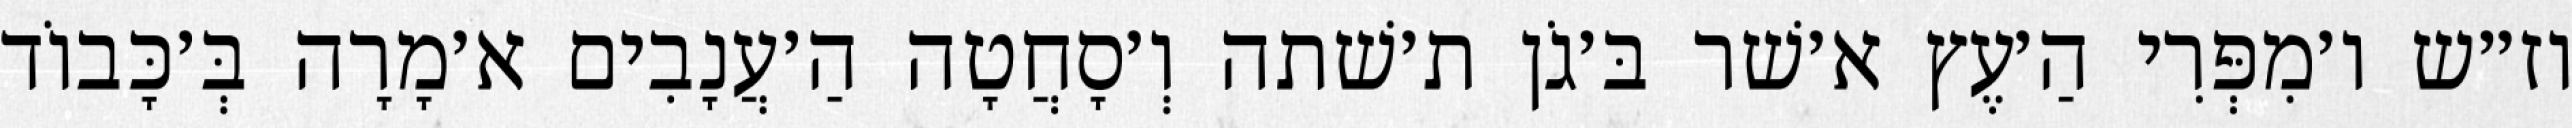
וז״ש ו׳מִפְּרִי הַ׳עֶץ א׳שׁר בּ׳גֹן ת׳שׁתה וְ׳סָחֲטָה הַ׳עֲנָבִים א׳מָרָה בְּ׳כָּבוֹד